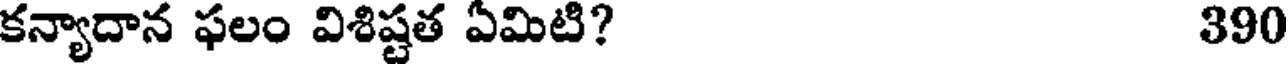
కన్యాదాన ఫలం విశిష్టత ఏమిటి? 390